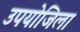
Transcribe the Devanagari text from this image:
उपयोजिला